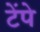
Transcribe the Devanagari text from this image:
टेंपे